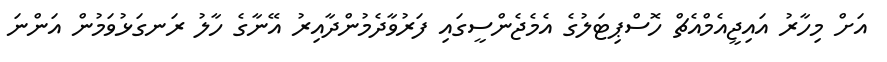
އަށް މިހާރު އައިޖީއެމްއެޗް ހޮސްޕިޓަލުގެ އެމެޖެންސީގައި ފަރުވާދެމުންދާއިރު އޭނާގެ ހާލު ރަނގަޅުވަމުން އަންނަ